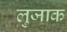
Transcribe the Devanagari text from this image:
लुजाक